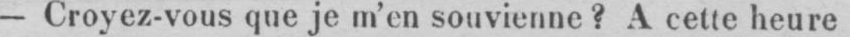
- Croyez-vous que je m’en souvienne? A cette heure